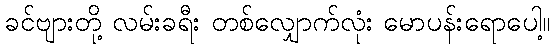
ခင်ဗျားတို့ လမ်းခရီး တစ်လျှောက်လုံး မောပန်းရောပေါ့။